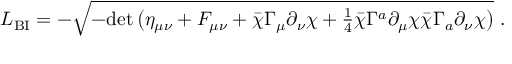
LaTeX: { \cal L } _ { \mathrm { B I } } = - \sqrt { - \mathrm { d e t } \, \big ( \eta _ { \mu \nu } + F _ { \mu \nu } + \bar { \chi } \Gamma _ { \mu } \partial _ { \nu } \chi + { \textstyle { \frac { 1 } { 4 } } } \bar { \chi } \Gamma ^ { a } \partial _ { \mu } \chi \bar { \chi } \Gamma _ { a } \partial _ { \nu } \chi \big ) } \, \, .